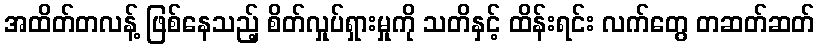
အထိတ်တလန့် ဖြစ်နေသည့် စိတ်လှုပ်ရှားမှုကို သတိနှင့် ထိန်းရင်း လက်တွေ တဆတ်ဆတ်